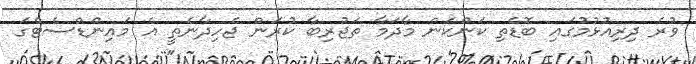
ވުރެ ދިރިއުޅުމުގައި ބޮޑެތި ކަންކަން މާދަމާ ތަޖުރިބާ ކުރަން ޖެހިދާނެތީ އެ މައިންޑްސެޓްގަ